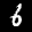
Label: 6